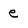
Character: e